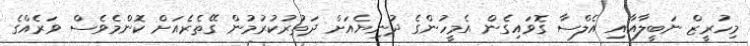
މިހުރީޒް ނަބީލާއާއި އެލްސާ ގޮވައިގެން އެމީހުންގެ ދުނިޔެއަށް ދަތުރުކުރުމުން ގޭތެރެއަށް ކޮންމެވެސް ވަރެއްގެ